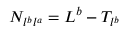
N _ { l ^ { b } l ^ { a } } = L ^ { b } - T _ { l ^ { b } }